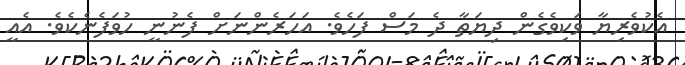
އެކުވެރިޔާ ވަކިވެގެން ދިޔަތާ ދެ މަސް ފަހެވެ. އަހަރެންނަށް ފެނުނީ ހުވަފެނެކެވެ. އެއީ